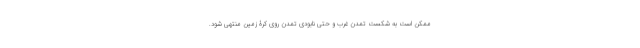
ممکن است به شکست تمدن غرب و حتی نابودی تمدن روی کرۀ زمین منتهی شود.